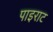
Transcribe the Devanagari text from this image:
पाइराट